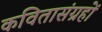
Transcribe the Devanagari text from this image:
कवितासंग्रहों